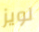
لويز